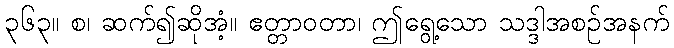
၃၆၃။ စ၊ ဆက်၍ဆိုအံ့။ ဧတ္တာဝတာ၊ ဤရွေ့သော သဒ္ဒါအစဉ်အနက်